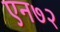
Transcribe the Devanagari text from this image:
एन७२